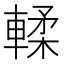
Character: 輮